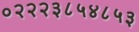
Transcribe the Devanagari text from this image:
०२२२३८५४८५३